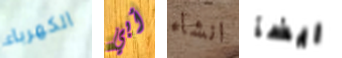
الكهرباء أبي انشاء ايضآ